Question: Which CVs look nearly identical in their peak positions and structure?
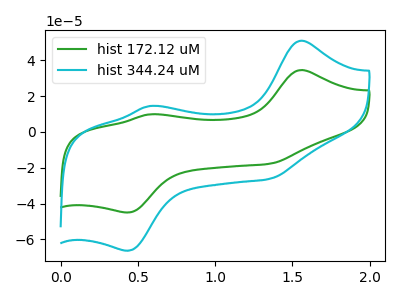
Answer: <think>The green curve "hist 172.12 uM" has anodic peaks at (1.55V, 34.50uA) (0.60V, 9.80uA) and cathodic peaks at (1.35V, -17.80uA) (0.45V, -45.00uA). The cyan curve "hist 344.24 uM" has anodic peaks at (1.55V, 50.90uA) (0.60V, 14.45uA) and cathodic peaks at (1.35V, -26.20uA) (0.45V, -66.35uA).
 All the peaks in "hist 172.12 uM" have a peak in "hist 344.24 uM" at the same potential. Every peak in "hist 172.12 uM" is lower than every peak in "hist 344.24 uM".</think>
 <answer>"hist 172.12 uM" and "hist 344.24 uM" have the same shape and are likely CV's of the same chemical.</answer>
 <eval>"hist 172.12 uM" "hist 344.24 uM"</eval>